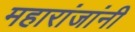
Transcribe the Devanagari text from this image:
महारांजांनी